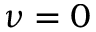
\nu = 0